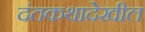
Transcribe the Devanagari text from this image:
दंतकथादेखील